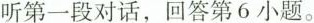
听第一段对话,回答第6小题。